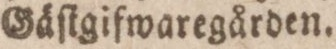
Gäſtgifwaregården.